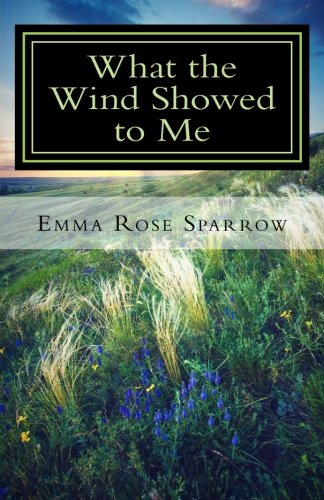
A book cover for What the Wind Showed to Me (Books for Dementia Patients) (Volume 1); Emma Rose Sparrow; Health, Fitness & Dieting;